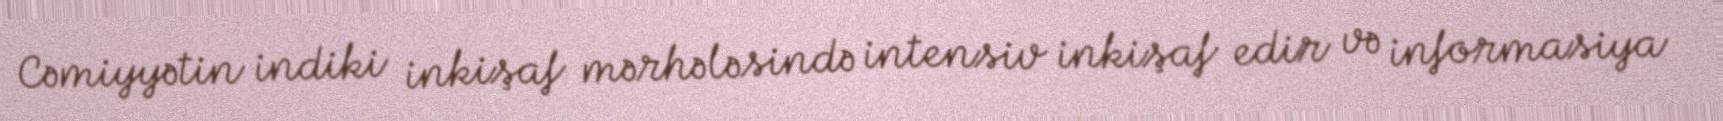
Cəmiyyətin indiki inkişaf mərhələsində intensiv inkişaf edir və informasiya